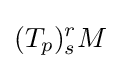
(T_{p})_{s}^{r}M